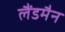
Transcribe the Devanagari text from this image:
लैंडमैन